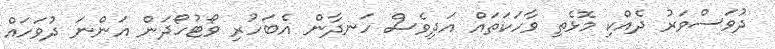
ދުވަސްވަރު ދެއްކި މޮޅެތި ވާހަކަތައް އަދިވެސް ހަނދާން އެބަހުރި ވޯޓުހޯދަން އަންނަ ދުވަހައް